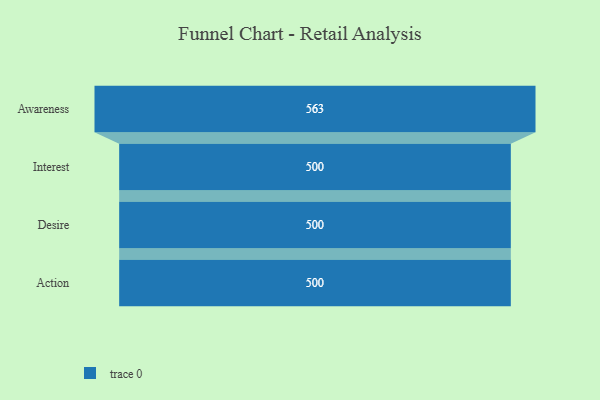
{"axis": {"x": "Stage", "y": "Value"}, "legend": [""], "data": [{"x": "Awareness", "y": 563.0, "type": ""}, {"x": "Interest", "y": 500, "type": ""}, {"x": "Desire", "y": 500, "type": ""}, {"x": "Action", "y": 500, "type": ""}]}